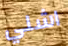
اشلي